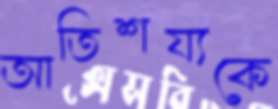
আতিশয্যকে